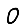
Digit: 0